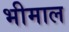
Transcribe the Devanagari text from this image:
भीमाल